65_HS1-834228961_62-HQ-83894_Section_9
Agency: FBI
Page 171
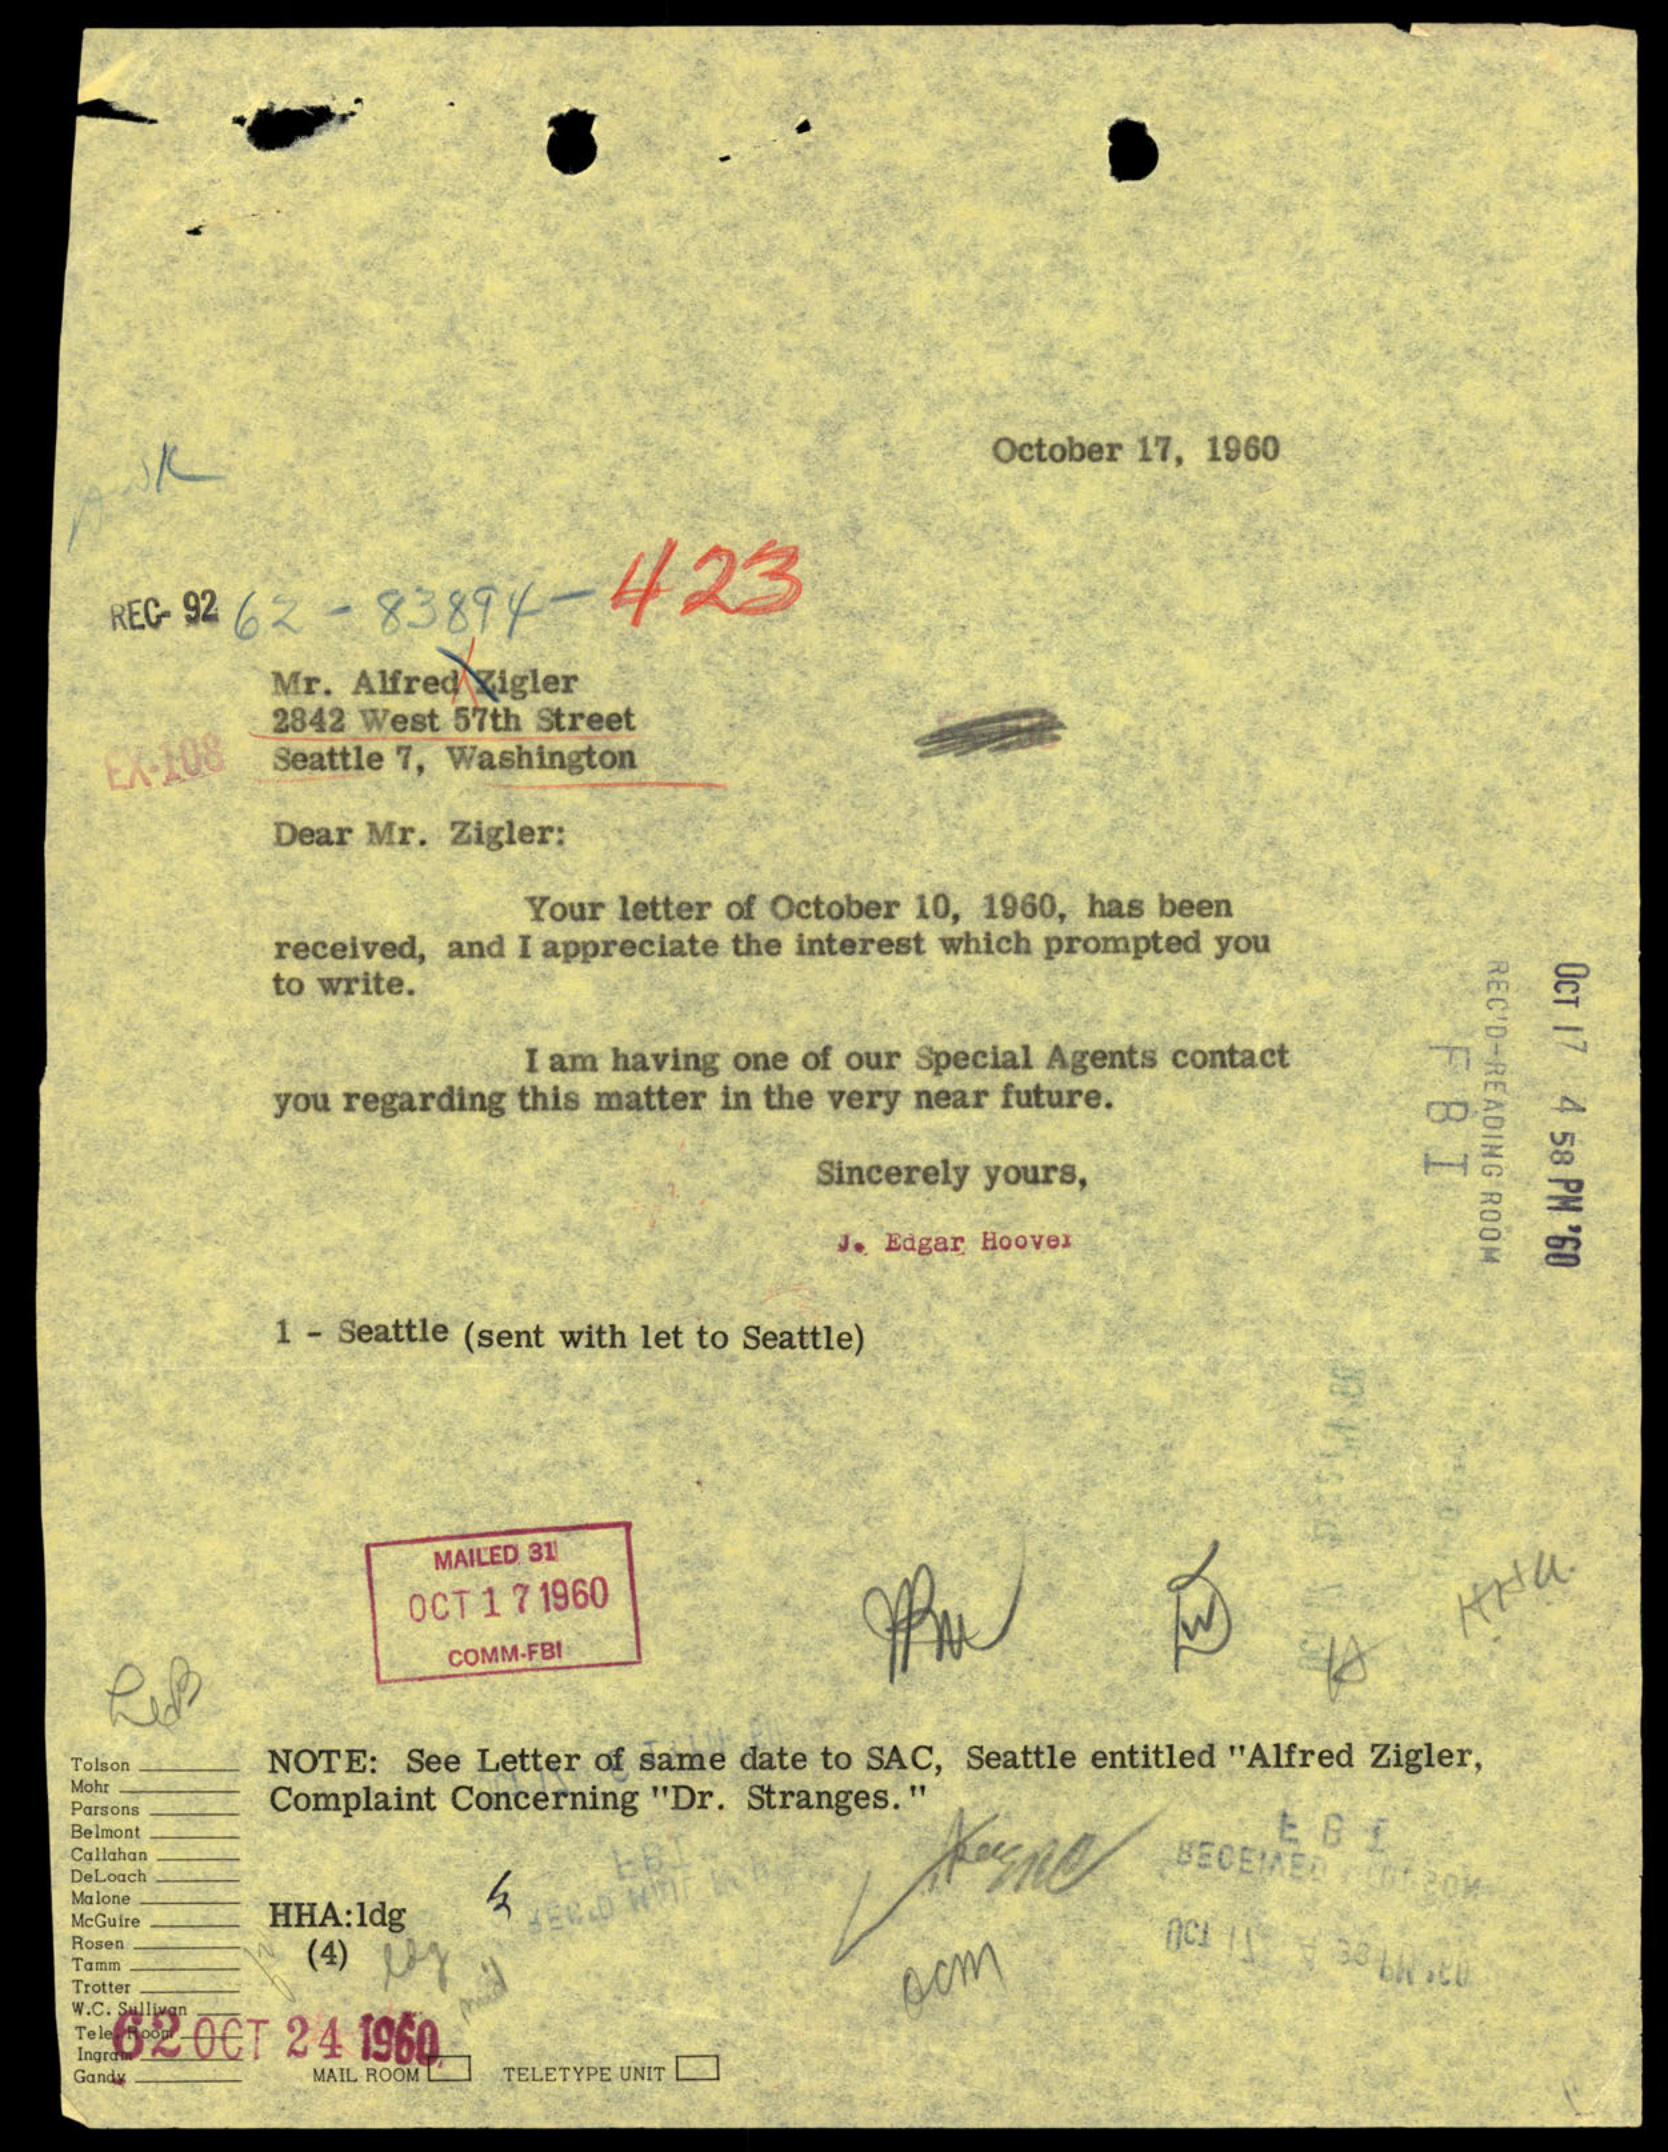